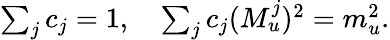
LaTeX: \begin{array}{r}{\sum_{j}c_{j}=1,\quad\sum_{j}c_{j}(M_{u}^{j})^{2}=m_{u}^{2}.}\end{array}